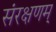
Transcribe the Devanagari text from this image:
संरक्षणम्‌